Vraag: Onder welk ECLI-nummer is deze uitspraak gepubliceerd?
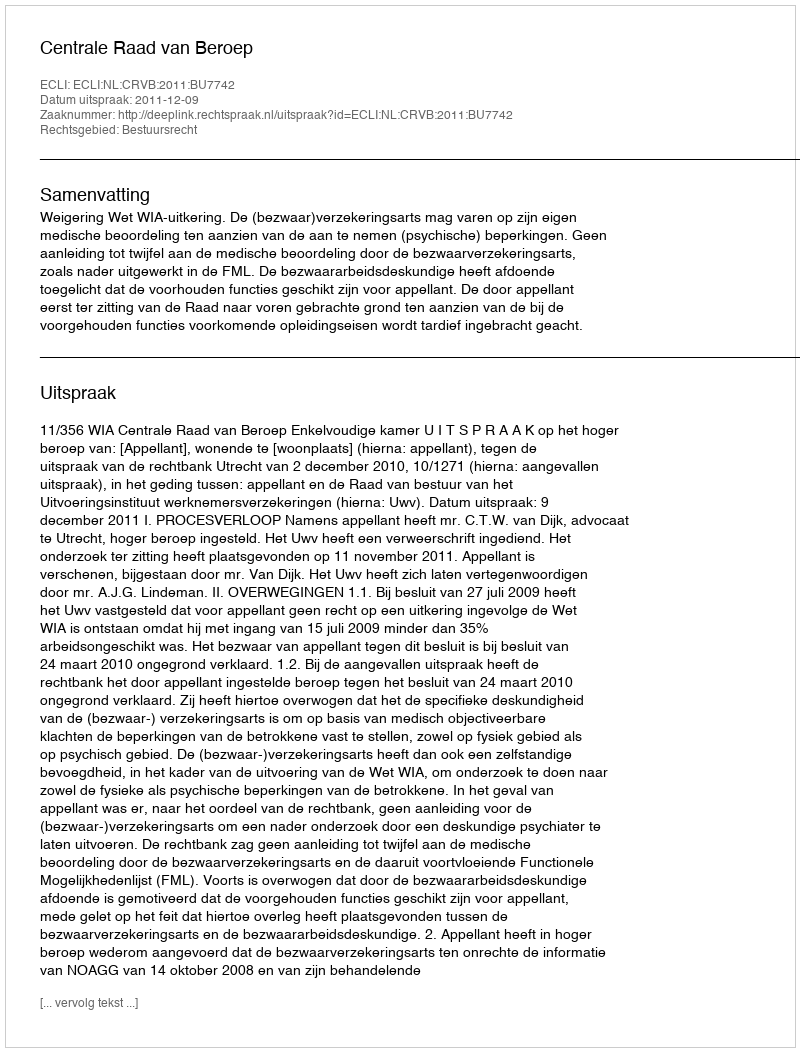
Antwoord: ECLI:NL:CRVB:2011:BU7742